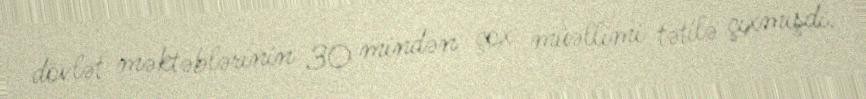
dövlət məktəblərinin 30 mindən çox müəllimi tətilə çıxmışdı.